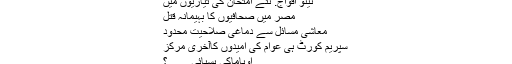
نیٹو افواج: نئے امتحان کی تیاریوں میں
مصر میں صحافیوں کا بہیمانہ قتل
معاشی مسائل سے دماغی صلاحیت محدود
سپریم کورٹ ہی عوام کی امیدوں کاآخری مرکز
اوباماکی پسپائی .......؟